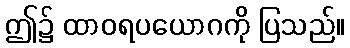
ဤ၌ ထာဝရပယောဂကို ပြသည်။